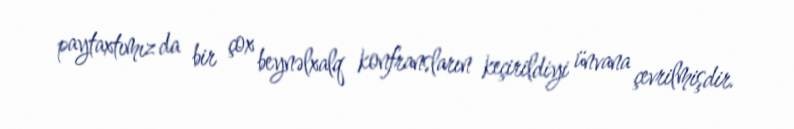
paytaxtımız da bir çox beynəlxalq konfransların keçirildiyi ünvana çevrilmişdir.